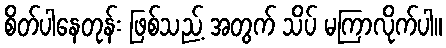
စိတ်ပါနေတုန်း ဖြစ်သည့် အတွက် သိပ် မကြာလိုက်ပါ။